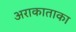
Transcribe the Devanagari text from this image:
अराकाताका